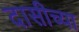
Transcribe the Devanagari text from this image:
दासीच्या